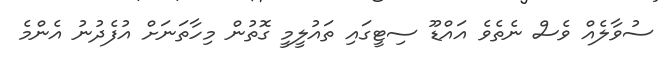
ސުވާލެއް ވެސް ނެތެވެ އައްޑޫ ސިޓީގައި ތައުލީމީ ގޮތުން މިހާތަނަށް އުފެދުނު އެންމެ